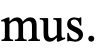
mus.